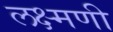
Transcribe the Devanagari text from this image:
लक्ष्मणी